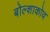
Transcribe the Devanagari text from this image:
बोल्शाकोव